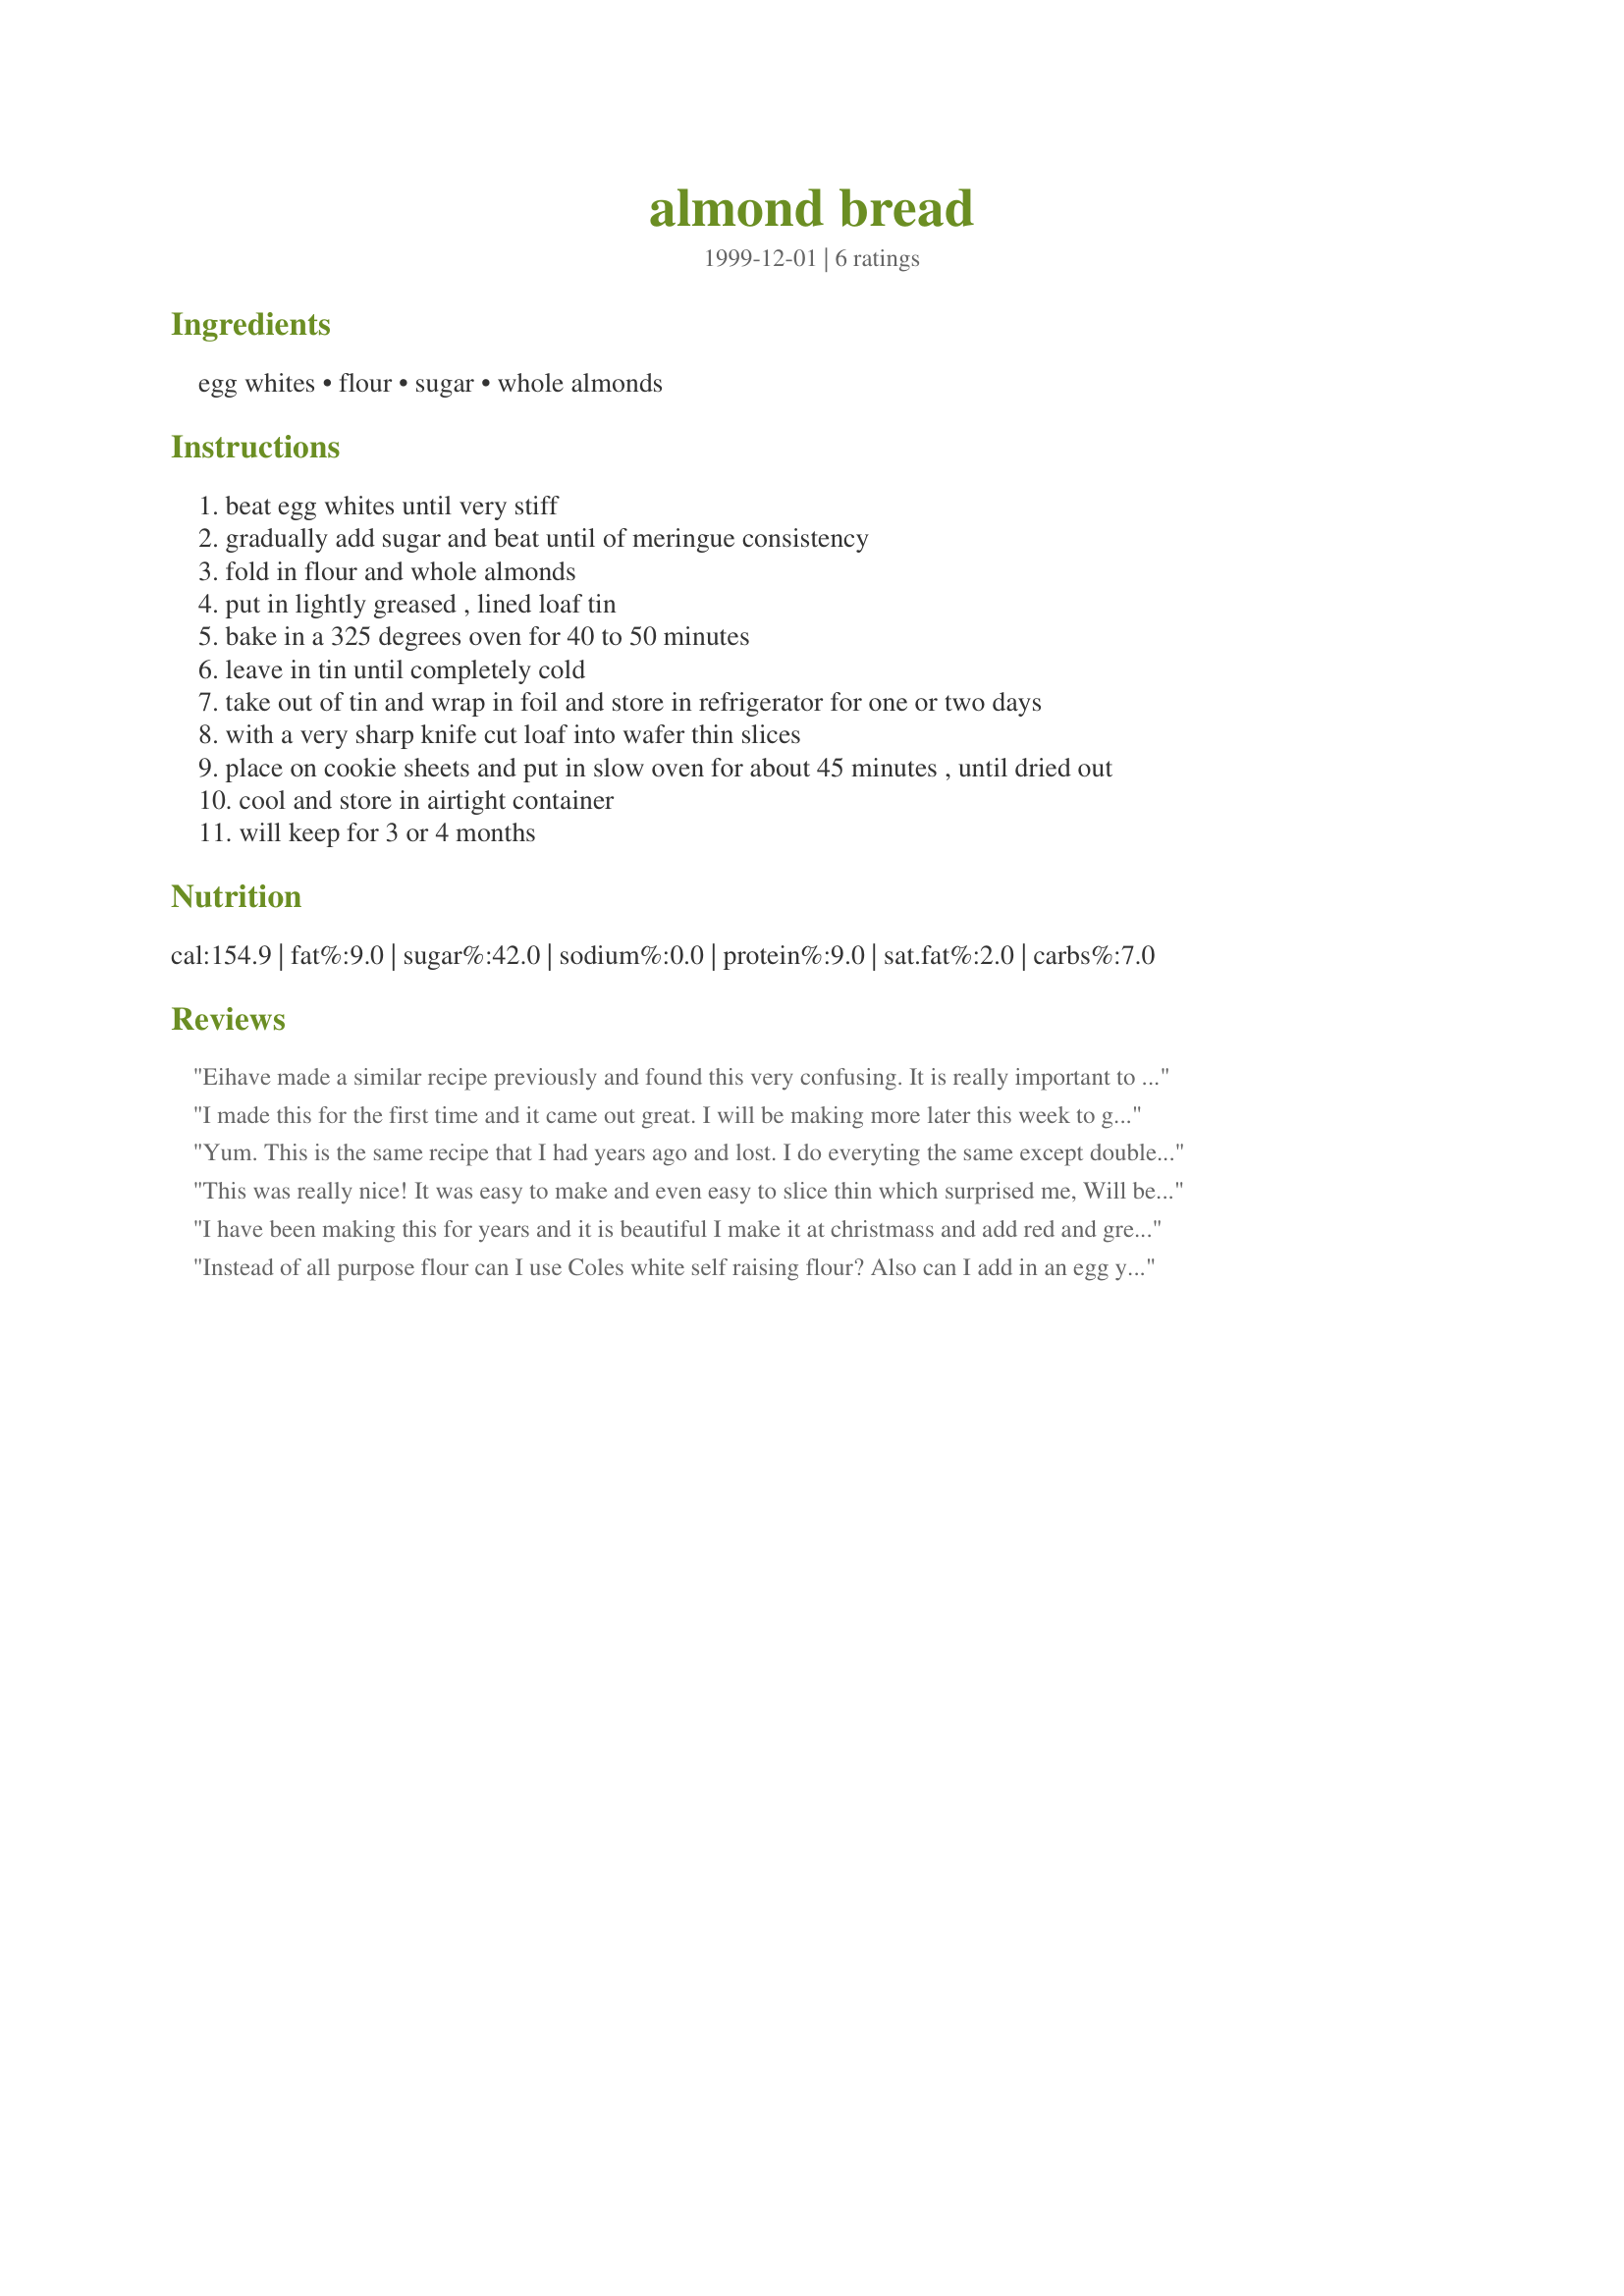
almond bread
Preparation time: 0 minutes

Ingredients:
egg whites, flour, sugar, whole almonds

Steps:
beat egg whites until very stiff
gradually add sugar and beat until of meringue consistency
fold in flour and whole almonds
put in lightly greased , lined loaf tin
bake in a 325 degrees oven for 40 to 50 minutes
leave in tin until completely cold
take out of tin and wrap in foil and store in refrigerator for one or two days
with a very sharp knife cut loaf into wafer thin slices
place on cookie sheets and put in slow oven for about 45 minutes , until dried out
cool and store in airtight container
will keep for 3 or 4 months

Reviews:
Eihave made a similar recipe previously and found this very confusing. It is really important to specify whether temps. Are Celsius or Fahrenheit. The whole thing is ruined if you use 250 F to dry it out!!
I made this for the first time and it came out great. I will be making more later this week to go in the christmas hampers. I used my deli slicer to cut them 4mm thick, wasn't sure if they could go thinner and didn't want to risk ruining them. I may try with a few in my next batch. I cooked them the second time for about 35 minutes, though I may cook for less next time as they got a bit of colour. Thanks for posting this easy recipe.
Yum. This is the same recipe that I had years ago and lost. I do everyting the same except double the recipe and occasionally add craisons.
This was really nice! It was easy to make and even easy to slice thin which surprised me, Will be a nice gift idea too.

Will make again for sure.
I have been making this for years and it is beautiful I make it at christmass and add red and green cherries for taste and a festive feel.I made this by mistake with self raising flour only thing i had to do was slice a bit thicker and toast a little less but it turned out fantastic.Alot less heavy.
Instead of all purpose flour can I use Coles white self raising flour? Also can I add in an egg yolk into the recipe?
